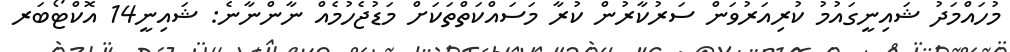
މުހައްމަދު ޝައިނީގައުމު ކުރިއަރުވަން ސަރުކާރުން ކުރާ މަސައްކަތްތަކަށް މަޑުޖެހުމެއް ނާންނާނެ: ޝައިނީ14 އޮކްޓޯބަރ